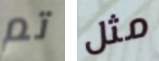
تم مثل